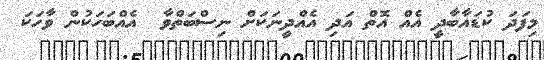
މިފަދަ ކުޑައާބާދީ އެއް އޮތް އަދި އެއްދީނަކަށް ނިސްބަތްވާ  އެއްބަހަކުން ވާހަކަ